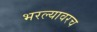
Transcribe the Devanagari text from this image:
भरल्यावरच